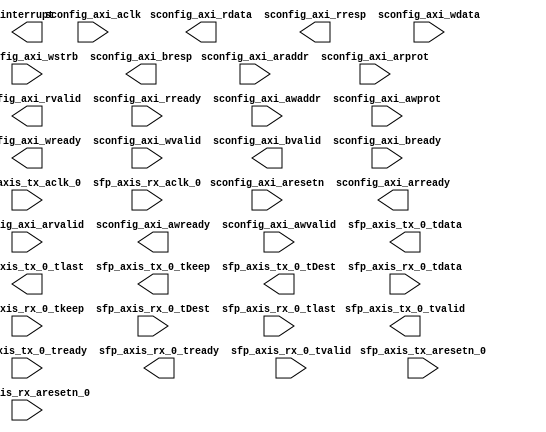
//Placeholder Module

module OmnixtendEndpoint(
    sconfig_axi_aclk,
	sconfig_axi_aresetn,
	sconfig_axi_arready,
	sconfig_axi_arvalid,
	sconfig_axi_araddr,
	sconfig_axi_arprot,
	sconfig_axi_rvalid,
	sconfig_axi_rready,
	sconfig_axi_rdata,
	sconfig_axi_rresp,
	sconfig_axi_awready,
	sconfig_axi_awvalid,
	sconfig_axi_awaddr,
	sconfig_axi_awprot,
	sconfig_axi_wready,
	sconfig_axi_wvalid,
	sconfig_axi_wdata,
	sconfig_axi_wstrb,
	sconfig_axi_bvalid,
	sconfig_axi_bready,
	sconfig_axi_bresp,

	interrupt,

	sfp_axis_tx_aclk_0,
	sfp_axis_tx_aresetn_0,
	sfp_axis_tx_0_tvalid,
	sfp_axis_tx_0_tready,
	sfp_axis_tx_0_tdata,
	sfp_axis_tx_0_tlast,
	sfp_axis_tx_0_tkeep,
	sfp_axis_tx_0_tDest,

    sfp_axis_rx_aclk_0,
	sfp_axis_rx_aresetn_0,
	sfp_axis_rx_0_tready,
	sfp_axis_rx_0_tvalid,
	sfp_axis_rx_0_tdata,
	sfp_axis_rx_0_tkeep,
	sfp_axis_rx_0_tDest,
	sfp_axis_rx_0_tlast
);
  input  sfp_axis_rx_aclk_0;
  input  sfp_axis_rx_aresetn_0;
  input  sfp_axis_tx_aclk_0;
  input  sfp_axis_tx_aresetn_0;
  input  sconfig_axi_aclk;
  input  sconfig_axi_aresetn;

  output sconfig_axi_arready;
  input  sconfig_axi_arvalid;
  input  [15 : 0] sconfig_axi_araddr;
  input  [2 : 0] sconfig_axi_arprot;
  output sconfig_axi_rvalid;
  input  sconfig_axi_rready;
  output [63 : 0] sconfig_axi_rdata;
  output [1 : 0] sconfig_axi_rresp;
  output sconfig_axi_awready;
  input  sconfig_axi_awvalid;
  input  [15 : 0] sconfig_axi_awaddr;
  input  [2 : 0] sconfig_axi_awprot;
  output sconfig_axi_wready;
  input  sconfig_axi_wvalid;
  input  [63 : 0] sconfig_axi_wdata;
  input  [7 : 0] sconfig_axi_wstrb;
  output sconfig_axi_bvalid;
  input  sconfig_axi_bready;
  output [1 : 0] sconfig_axi_bresp;

  output interrupt;

  output sfp_axis_tx_0_tvalid;
  input  sfp_axis_tx_0_tready;
  output [63 : 0] sfp_axis_tx_0_tdata;
  output sfp_axis_tx_0_tlast;
  output [7 : 0] sfp_axis_tx_0_tkeep;
  output [3 : 0] sfp_axis_tx_0_tDest;

  output sfp_axis_rx_0_tready;
  input  sfp_axis_rx_0_tvalid;
  input  [63 : 0] sfp_axis_rx_0_tdata;
  input  [7 : 0] sfp_axis_rx_0_tkeep;
  input  [3 : 0] sfp_axis_rx_0_tDest;
  input  sfp_axis_rx_0_tlast;

endmodule